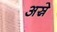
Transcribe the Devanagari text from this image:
अस्रे